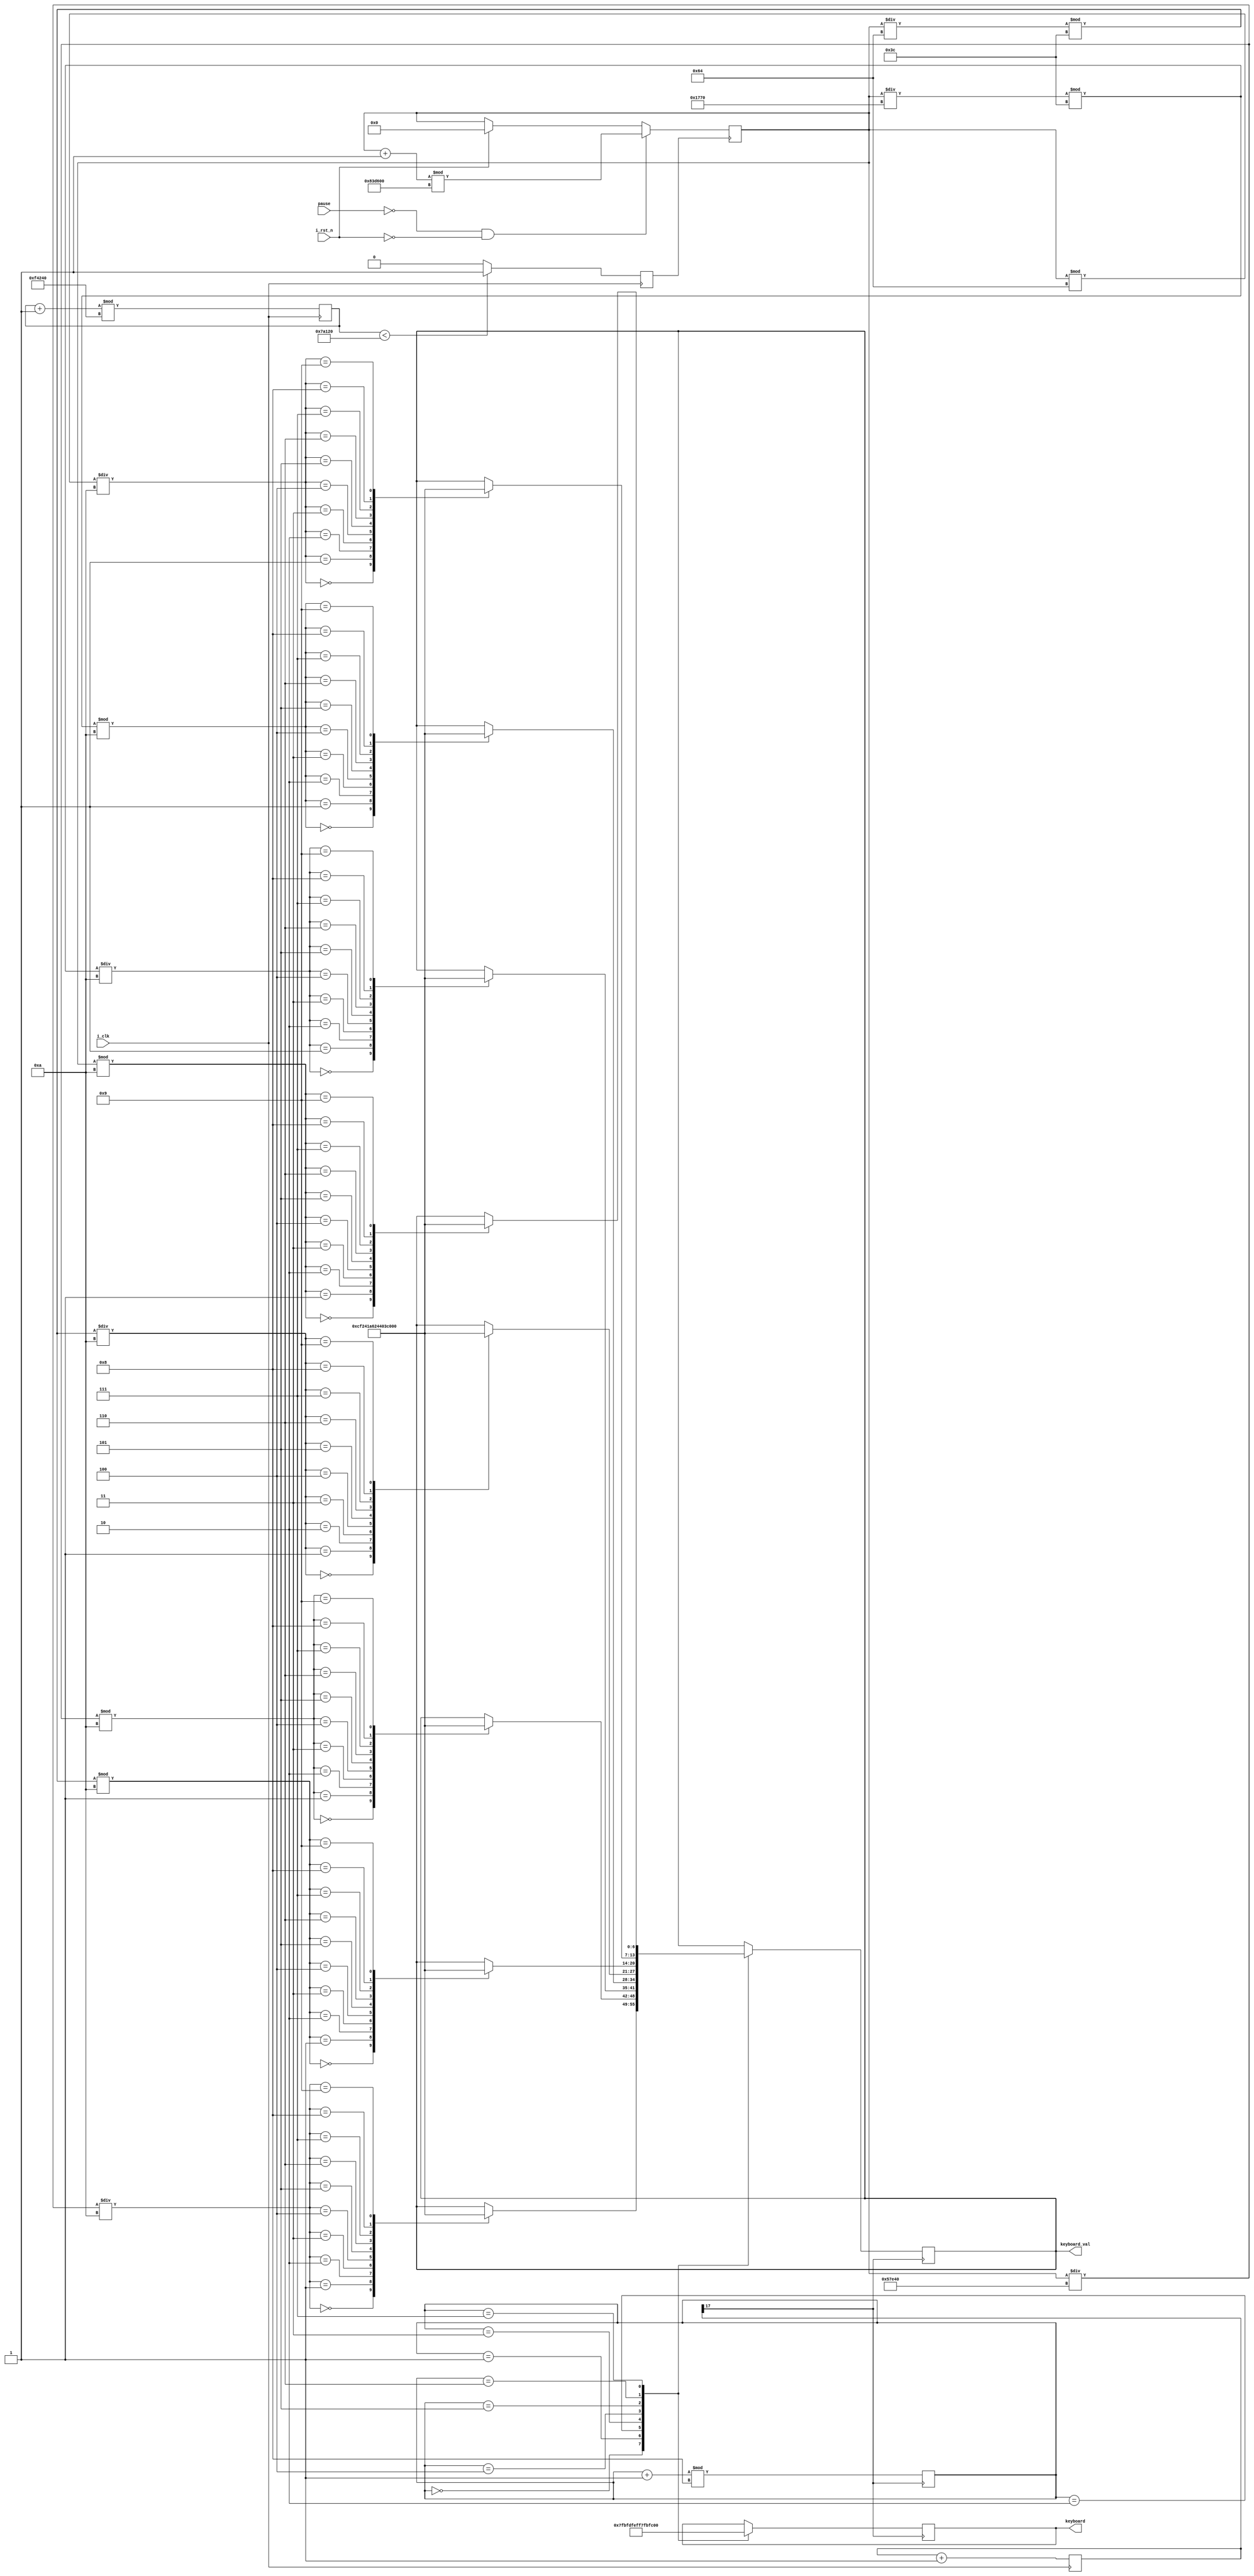
`timescale 1ns / 1ps
//////////////////////////////////////////////////////////////////////////////////
// Company: 
// Engineer: 
// 
// Design Name: 
// Module Name: LED_flow
// Project Name: 
// Target Devices: 
// Tool Versions: 
// Description: 
// 
// Dependencies: 
// 
// Revision:
// Revision 0.01 - File Created
// Additional Comments:
// 
//////////////////////////////////////////////////////////////////////////////////


module LED_flow(

  input      i_clk,                    // 100MHZ
  
  input      i_rst_n,                  // 
  input      pause,                    // 

  output reg [6:0] keyboard_val,       //     
  output reg [7:0] keyboard            // 
 );
    
reg [28:0] cnt2;                       // 1HZ
reg [3:0] flag;                        // 
reg [23:0] flag_time;                  // 
reg key_clk_sec;                       //1HZ
reg [17:0] cnt;                        // 
always @ (posedge i_clk)                         
   begin 
     cnt <= cnt + 1'b1;
     cnt2 <= (cnt2 + 1'b1) % 28'd1000000;
     if(cnt2 < 28'd500000)
         key_clk_sec <= 1'b1;
     else
         key_clk_sec <= 1'b0;                           
   end     

wire key_clk  = cnt[17];               //10^8 / 2^18 =381.470 HZ
  

always @ (posedge key_clk_sec)
  begin
    if(!pause && !i_rst_n)
        flag_time <= (flag_time + 1'b1) % 24'd8640000;
    else if(i_rst_n)                   //0
        flag_time <= 24'b0;
  end

always @ (posedge key_clk)
  begin
    flag <= (flag + 1'b1) % 4'd8; 
    case(flag)
       4'h0:begin
                keyboard <= 8'b0111_1111;   //1
                case((flag_time / 19'd360000) / 4'd10)
                4'd0:keyboard_val <= 7'b0000001;     //0
                4'd1:keyboard_val <= 7'b1001111;     //1
                4'd2:keyboard_val <= 7'b0010010;     //2
                4'd3:keyboard_val <= 7'b0000110;     //3
                4'd4:keyboard_val <= 7'b1001100;     //4
                4'd5:keyboard_val <= 7'b0100100;     //5
                4'd6:keyboard_val <= 7'b0100000;     //6
                4'd7:keyboard_val <= 7'b0001111;     //7
                4'd8:keyboard_val <= 7'b0000000;     //8
                4'd9:keyboard_val <= 7'b0001100;     //9
                endcase
            end   
             
       4'h1:begin
                keyboard <= 8'b1011_1111;   //2
                case((flag_time / 19'd360000) % 4'd10)
                4'd0:keyboard_val <= 7'b0000001;     //0
                4'd1:keyboard_val <= 7'b1001111;     //1
                4'd2:keyboard_val <= 7'b0010010;     //2
                4'd3:keyboard_val <= 7'b0000110;     //3
                4'd4:keyboard_val <= 7'b1001100;     //4
                4'd5:keyboard_val <= 7'b0100100;     //5
                4'd6:keyboard_val <= 7'b0100000;     //6
                4'd7:keyboard_val <= 7'b0001111;     //7
                4'd8:keyboard_val <= 7'b0000000;     //8
                4'd9:keyboard_val <= 7'b0001100;     //9
                endcase
            end
            
       4'h2:begin
                keyboard <= 8'b1101_1111;   //3
                case(((flag_time / 13'd6000) % 6'd60) / 4'd10)
                4'd0:keyboard_val <= 7'b0000001;     //0
                4'd1:keyboard_val <= 7'b1001111;     //1
                4'd2:keyboard_val <= 7'b0010010;     //2
                4'd3:keyboard_val <= 7'b0000110;     //3
                4'd4:keyboard_val <= 7'b1001100;     //4
                4'd5:keyboard_val <= 7'b0100100;     //5
                4'd6:keyboard_val <= 7'b0100000;     //6
                4'd7:keyboard_val <= 7'b0001111;     //7
                4'd8:keyboard_val <= 7'b0000000;     //8
                4'd9:keyboard_val <= 7'b0001100;     //9
                endcase
            end
            
       4'h3:begin
                keyboard <= 8'b1110_1111;   //4
                case(((flag_time / 13'd6000) % 6'd60) % 4'd10)
                4'd0:keyboard_val <= 7'b0000001;     //0
                4'd1:keyboard_val <= 7'b1001111;     //1
                4'd2:keyboard_val <= 7'b0010010;     //2
                4'd3:keyboard_val <= 7'b0000110;     //3
                4'd4:keyboard_val <= 7'b1001100;     //4
                4'd5:keyboard_val <= 7'b0100100;     //5
                4'd6:keyboard_val <= 7'b0100000;     //6
                4'd7:keyboard_val <= 7'b0001111;     //7
                4'd8:keyboard_val <= 7'b0000000;     //8
                4'd9:keyboard_val <= 7'b0001100;     //9
                endcase
            end
       4'h4:begin
                keyboard <= 8'b1111_0111;   //5
                case(((flag_time / 7'd100) % 6'd60) / 4'd10)
                4'd0:keyboard_val <= 7'b0000001;     //0
                4'd1:keyboard_val <= 7'b1001111;     //1
                4'd2:keyboard_val <= 7'b0010010;     //2
                4'd3:keyboard_val <= 7'b0000110;     //3
                4'd4:keyboard_val <= 7'b1001100;     //4
                4'd5:keyboard_val <= 7'b0100100;     //5
                4'd6:keyboard_val <= 7'b0100000;     //6
                4'd7:keyboard_val <= 7'b0001111;     //7
                4'd8:keyboard_val <= 7'b0000000;     //8
                4'd9:keyboard_val <= 7'b0001100;     //9
                endcase
            end   
       4'h5:begin
                keyboard <= 8'b1111_1011;   //6
                case(((flag_time / 7'd100) % 6'd60) % 4'd10)
                4'd0:keyboard_val <= 7'b0000001;     //0
                4'd1:keyboard_val <= 7'b1001111;     //1
                4'd2:keyboard_val <= 7'b0010010;     //2
                4'd3:keyboard_val <= 7'b0000110;     //3
                4'd4:keyboard_val <= 7'b1001100;     //4
                4'd5:keyboard_val <= 7'b0100100;     //5
                4'd6:keyboard_val <= 7'b0100000;     //6
                4'd7:keyboard_val <= 7'b0001111;     //7
                4'd8:keyboard_val <= 7'b0000000;     //8
                4'd9:keyboard_val <= 7'b0001100;     //9
                endcase
            end
       4'h6:begin
                keyboard <= 8'b1111_1101;   //7
                case((flag_time % 7'd100)/4'd10)
                4'd0:keyboard_val <= 7'b0000001;     //0
                4'd1:keyboard_val <= 7'b1001111;     //1
                4'd2:keyboard_val <= 7'b0010010;     //2
                4'd3:keyboard_val <= 7'b0000110;     //3
                4'd4:keyboard_val <= 7'b1001100;     //4
                4'd5:keyboard_val <= 7'b0100100;     //5
                4'd6:keyboard_val <= 7'b0100000;     //6
                4'd7:keyboard_val <= 7'b0001111;     //7
                4'd8:keyboard_val <= 7'b0000000;     //8
                4'd9:keyboard_val <= 7'b0001100;     //9
                endcase
            end
       4'h7:begin
                keyboard <= 8'b1111_1110;   //8
                case(flag_time % 4'd10)
                4'd0:keyboard_val <= 7'b0000001;     //0
                4'd1:keyboard_val <= 7'b1001111;     //1
                4'd2:keyboard_val <= 7'b0010010;     //2
                4'd3:keyboard_val <= 7'b0000110;     //3
                4'd4:keyboard_val <= 7'b1001100;     //4
                4'd5:keyboard_val <= 7'b0100100;     //5
                4'd6:keyboard_val <= 7'b0100000;     //6
                4'd7:keyboard_val <= 7'b0001111;     //7
                4'd8:keyboard_val <= 7'b0000000;     //8
                4'd9:keyboard_val <= 7'b0001100;     //9
                endcase
            end   
    endcase
    
    
  end
    
endmodule